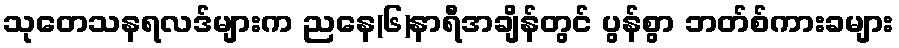
သုတေသနရလဒ်များက ညနေ(၆)နာရီအချိန်တွင် ပွန်စွာ ဘတ်စ်ကားခများ